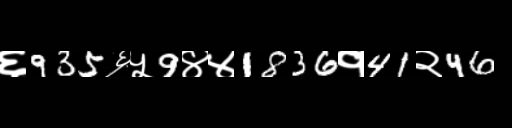
Text: ६935६५9४४1836१41२46